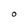
Character: O